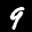
Label: 9